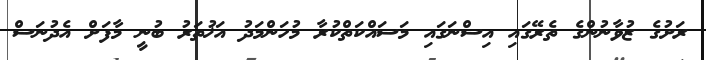
ރަށުގެ ޒުވާނުންގެ ތެރޭގައި އިސްނަގައި މަސައްކަތްކުރާ މުހަންމަދު އަޚުތަރު ބުނީ މާފަށް އެދުނަސް